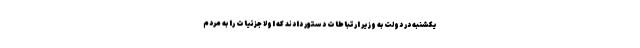
یکشنبه در دولت به وزیر ارتباطات دستور دادند که اولا جزئیات را به مردم